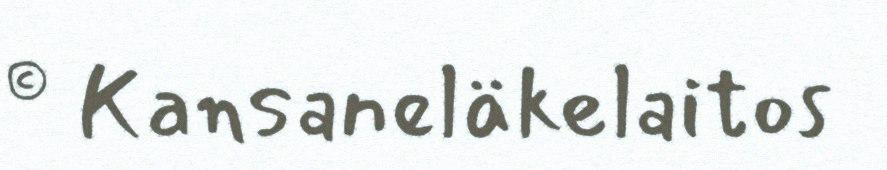
© Kansaneläkelaitos